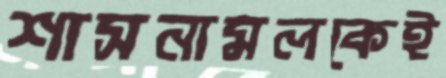
শাসনামলকেই